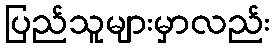
ပြည်သူများမှာလည်း